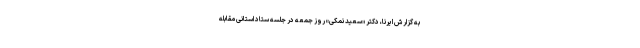
به گزارش ایرنا، دکتر «سعید نمکی» روز جمعه در جلسه ستاد استانی مقابله